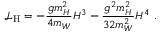
{ \mathcal { L } } _ { \mathrm { H } } = - { \frac { g m _ { H } ^ { 2 } } { 4 m _ { W } } } H ^ { 3 } - { \frac { g ^ { 2 } m _ { H } ^ { 2 } } { 3 2 m _ { W } ^ { 2 } } } H ^ { 4 } ~ .